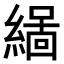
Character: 𮈻